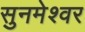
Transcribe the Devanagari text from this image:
सुनमेश्वर